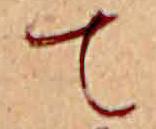
て